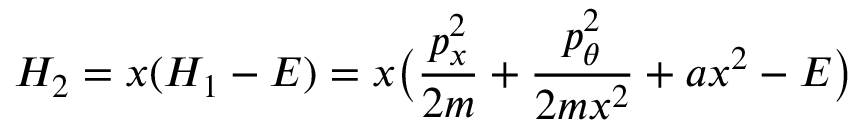
H _ { 2 } = x ( H _ { 1 } - E ) = x \bigl ( \frac { p _ { x } ^ { 2 } } { 2 m } + \frac { p _ { \theta } ^ { 2 } } { 2 m x ^ { 2 } } + a x ^ { 2 } - E \bigr )